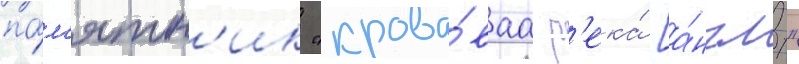
па́м'ятн'ик "крова́ваа р'ека́ [а́нгл."